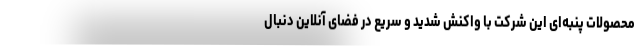
محصولات پنبه‌ای این شرکت با واکنش شدید و سریع در فضای آنلاین دنبال